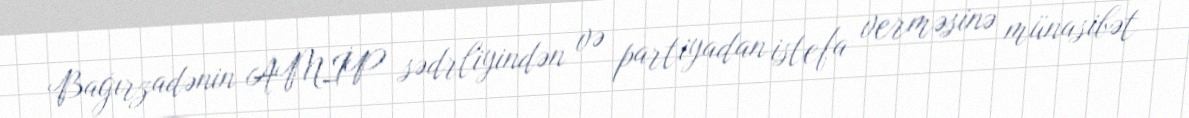
Bağırzadənin AMİP sədrliyindən və partiyadan istefa verməsinə münasibət